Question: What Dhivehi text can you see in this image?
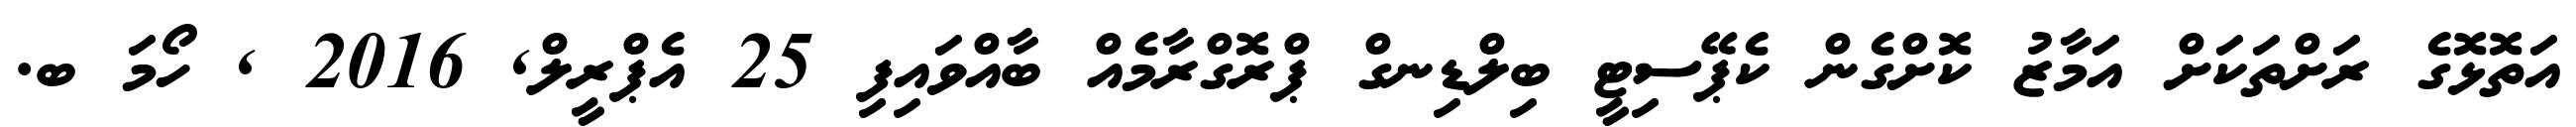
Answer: އަތޮޅޮގެ ރަށްތަކަށް އަމާޒު ކޮށްގެން ކެޕޭސިޓީ ބިލްޑިނގް ޕްރޮގްރާމެއް ބާއްވައިފި 25 އެޕްރީލް, 2016 , ހޯމަ ބ.